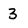
Character: 3